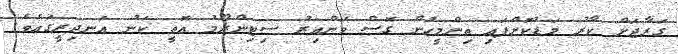
ގަރާޖަށް ކާރު މަޑުކޮށްފައި ތިންމީހުން ގޮސް ވަންއިރު ސިޓިންރޫމު އޮތީ ކަނު އަނދިރީގައެވެ.